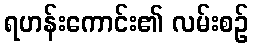
ရဟန်းကောင်း၏ လမ်းစဉ်